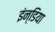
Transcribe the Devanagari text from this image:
इंन्डिया